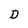
Character: D